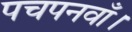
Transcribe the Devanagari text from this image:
पचपनवाँ।